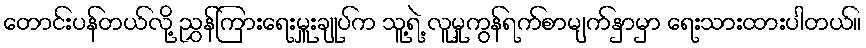
တောင်းပန်တယ်လို့ ညွှန်ကြားရေးမှူးချုပ်က သူ့ရဲ့ လူမှုကွန်ရက်စာမျက်နှာမှာ ရေးသားထားပါတယ်။